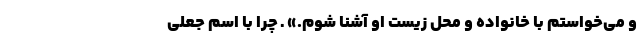
و می‌خواستم با خانواده و محل زیست او آشنا شوم.» ـ چرا با اسم جعلی